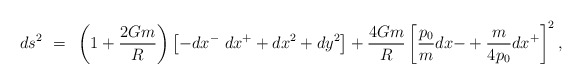
\begin{align*}ds^2~=~\left(1+{2Gm \over R} \right)\left[-dx^{-}~dx^{+} + dx^2+dy^2\right] + {4Gm \over R}\left[{p_{0} \over m}dx{-} +{m \over {4p_{0}}}dx^{+}\right]^2,\end{align*}